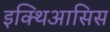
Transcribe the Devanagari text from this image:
इक्थिआसिस